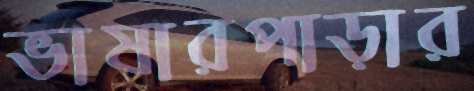
ভাষারপাড়ার